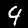
Label: 9